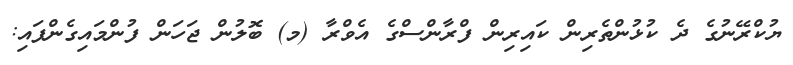
ޔުކްރޭނުގެ ދެ ކުޅުންތެރިން ކައިރިން ފްރާންސްގެ އެވްރާ (މ) ބޮލުން ޖަހަން ފުންމައިގެންފައި: